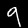
Digit: 9